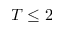
T \le 2